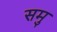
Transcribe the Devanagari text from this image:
समु